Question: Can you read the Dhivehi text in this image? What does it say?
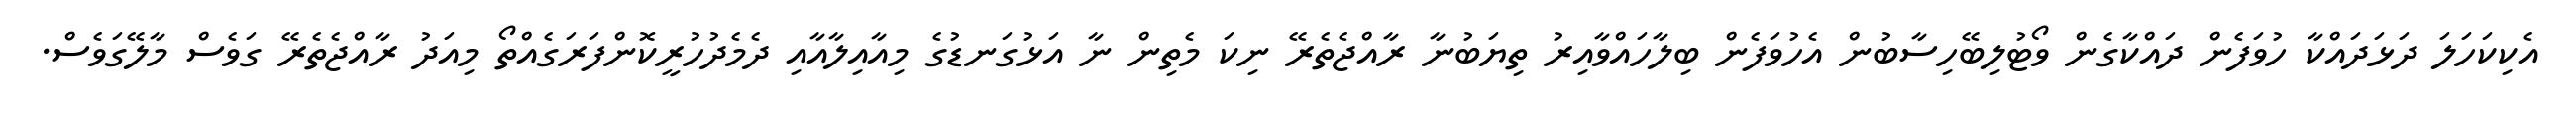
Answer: އެކިކަހަލަ ދަޅަދައްކާ ހުވަފެން ދައްކާގެން ވޯޓުލިބޭހިސާބުން އެހުވަފެން ބިލާހައްވާއިރު ތިޔަބުނާ ރާއްޖެތެރޭ ނިކަ މެތިން ނާ އަޅުގަނޑުގެ މިއާއިލާއާއި ދެމެދުހުރީކޮންފަރަގެއްތޯ މިއަދު ރާއްޖެތެރޭ ގަވެސް މާލޭގަވެސް.